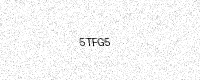
Text: 5TFG5